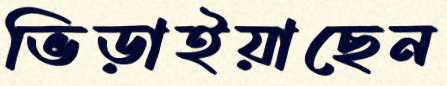
ভিড়াইয়াছেন